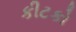
કીટકો